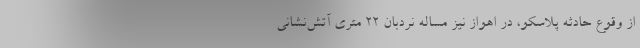
از وقوع حادثه پلاسکو، در اهواز نیز مساله نردبان ۲۲ متری آتش‌نشانی